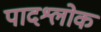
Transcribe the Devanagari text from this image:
पादश्लोक